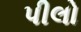
પીલો